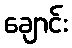
ချောင်း